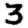
Digit: 3